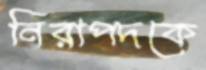
নিরাপদকে